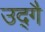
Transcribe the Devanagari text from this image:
उद्गै